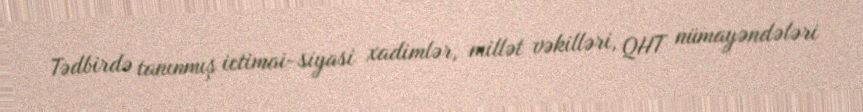
Tədbirdə tanınmış ictimai-siyasi xadimlər, millət vəkilləri, QHT nümayəndələri